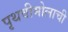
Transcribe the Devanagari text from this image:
पृथवीमोलाची